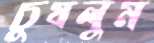
চুষলুম